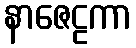
နာဇေဠကာ